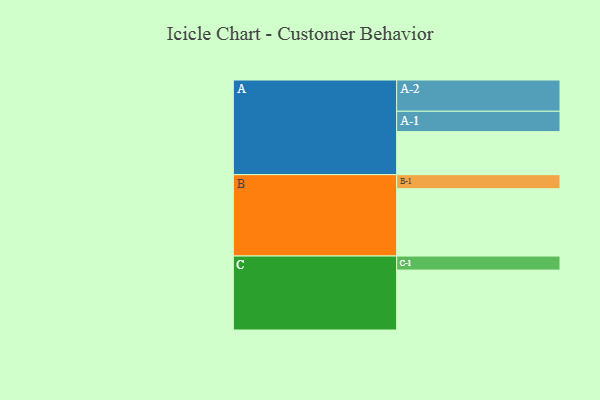
{"axis": {"x": "Segment", "y": "Value"}, "legend": ["", "A", "B", "C"], "data": [{"x": "A", "y": 383, "type": ""}, {"x": "B", "y": 599, "type": ""}, {"x": "C", "y": 533, "type": ""}, {"x": "A-1", "y": 181, "type": "A"}, {"x": "A-2", "y": 278, "type": "A"}, {"x": "B-1", "y": 125, "type": "B"}, {"x": "C-1", "y": 125, "type": "C"}]}